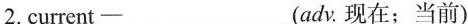
2.current—___(adν.现在；当前)